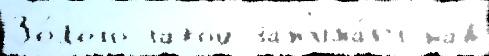
Зо́лото такой зан'има́ет над